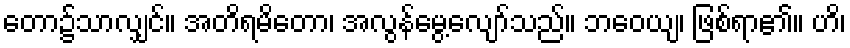
တော၌သာလျှင်။ အတိရမိတော၊ အလွန်မွေ့လျော်သည်။ ဘဝေယျ၊ ဖြစ်ရာ၏။ ဟိ၊